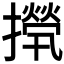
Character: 𢶇